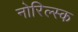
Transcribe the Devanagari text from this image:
नोरिल्स्क